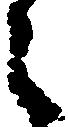
々